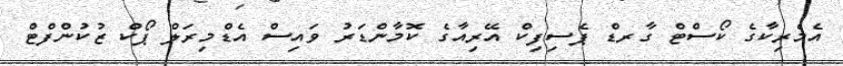
އެމެރިކާގެ ކޯސްޓް ގާރޑް ޕެސިފިކް އޭރިއާގެ ކޮމާންޑަރު ވައިސް އެޑްމިރަލް ޕޯކް ޒުކުންފްޓް